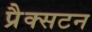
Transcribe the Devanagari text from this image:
प्रैक्सटन